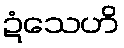
ဍံသေဟိ